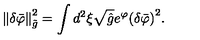
\left\| \delta { \bar { \varphi } } \right\| _ { \tilde { g } } ^ { 2 } = \int { d ^ { 2 } } \xi \sqrt { \hat { g } } { e ^ { \varphi } } { { ( \delta { \bar { \varphi } } ) } ^ { 2 } } .